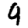
Digit: 9